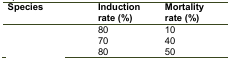
<table><thead><tr><td><b>Species</b></td><td><b>Induction rate (%)</b></td><td><b>Mortality rate (%)</b></td></tr></thead><tbody><tr><td>[EMPTY_CELL]</td><td>80</td><td>10</td></tr><tr><td>[EMPTY_CELL]</td><td>70</td><td>40</td></tr><tr><td>[EMPTY_CELL]</td><td>80</td><td>50</td></tr></tbody></table>